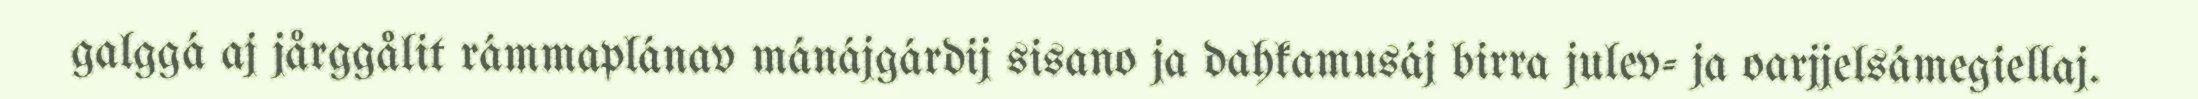
galggá aj jårggålit rámmaplánav mánájgárdij sisano ja dahkamusáj birra julev- ja oarjjelsámegiellaj.